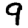
Digit: 9